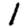
Digit: 1